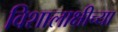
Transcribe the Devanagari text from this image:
विशालाक्षीच्या